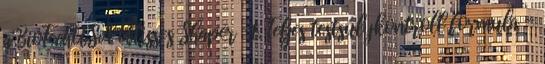
a BioTechUSA Ulisses Shaper -t. Teljes testsúlykontroll formula -